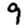
Digit: 9